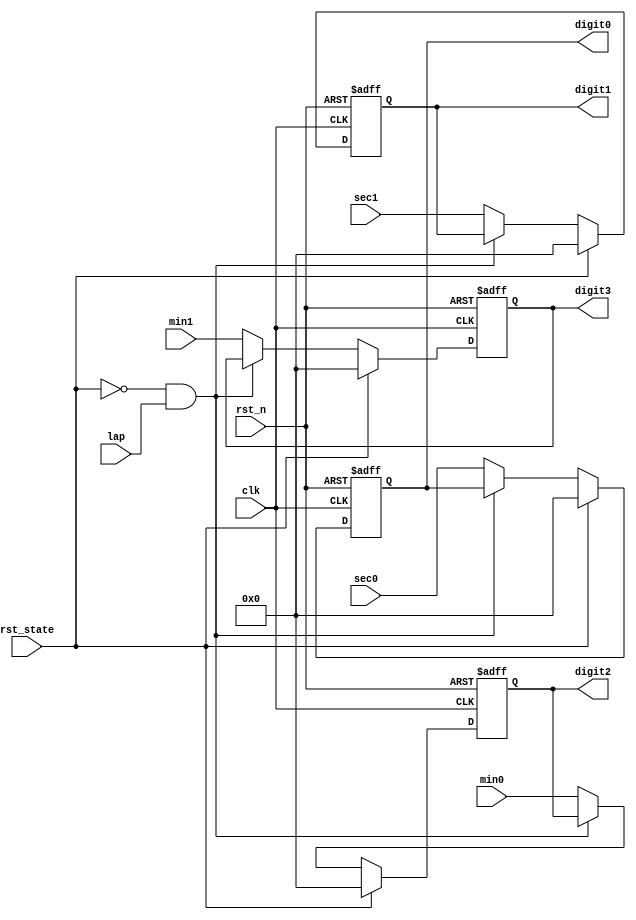
`timescale 1ns / 1ps

module MUX(
    digit0,
    digit1,
    digit2,
    digit3,
    rst_state,
    lap,
    sec0,
    sec1,
    min0,
    min1,
    clk,
    rst_n
);
output [3:0] digit0, digit1, digit2, digit3;
input lap, rst_state;
input [3:0] sec0, sec1;
input [3:0] min0, min1;
input clk, rst_n;
reg [3:0] digit0, digit1, digit2, digit3;
reg [3:0] digit0_tmp, digit1_tmp, digit2_tmp, digit3_tmp;

always @*
    if (rst_state == 1) begin
        digit0_tmp = 4'd0;
        digit1_tmp = 4'd0;
        digit2_tmp = 4'd0;
        digit3_tmp = 4'd0;
    end
    else if (rst_state == 0 && lap == 1) begin
        digit0_tmp = digit0;
        digit1_tmp = digit1;
        digit2_tmp = digit2;
        digit3_tmp = digit3;
    end
    else begin
        digit0_tmp = sec0;
        digit1_tmp = sec1;
        digit2_tmp = min0;
        digit3_tmp = min1;
    end
    
always @(posedge clk or negedge rst_n)
    if (~rst_n) begin
        digit0 <= 4'd0;
        digit1 <= 4'd0;
        digit2 <= 4'd0;
        digit3 <= 4'd0;
    end
    else begin
        digit0 <= digit0_tmp;
        digit1 <= digit1_tmp;
        digit2 <= digit2_tmp;
        digit3 <= digit3_tmp;
    end

endmodule